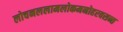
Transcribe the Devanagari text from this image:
लोचनललामलोकमनोहरवसन्त